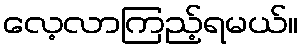
လေ့လာကြည့်ရမယ်။